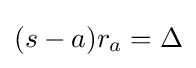
(s-a)r_{a}=\Delta